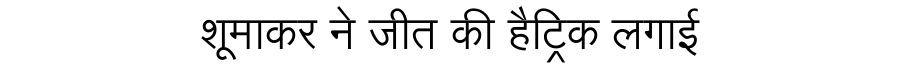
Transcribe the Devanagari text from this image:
शूमाकर ने जीत की हैट्रिक लगाई